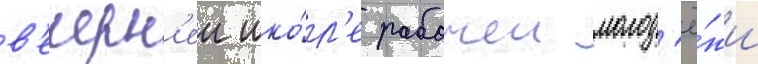
в'ечерн'еи шко́л'е рабочеи молод'ё́жи